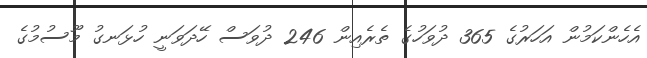
އެހެންކަމުން އަހަރުގެ 365 ދުވަހުގެ ތެރެއިން 246 ދުވަސް ހޭދަވަނީ ހުޅަނގު މޫސުމުގެ